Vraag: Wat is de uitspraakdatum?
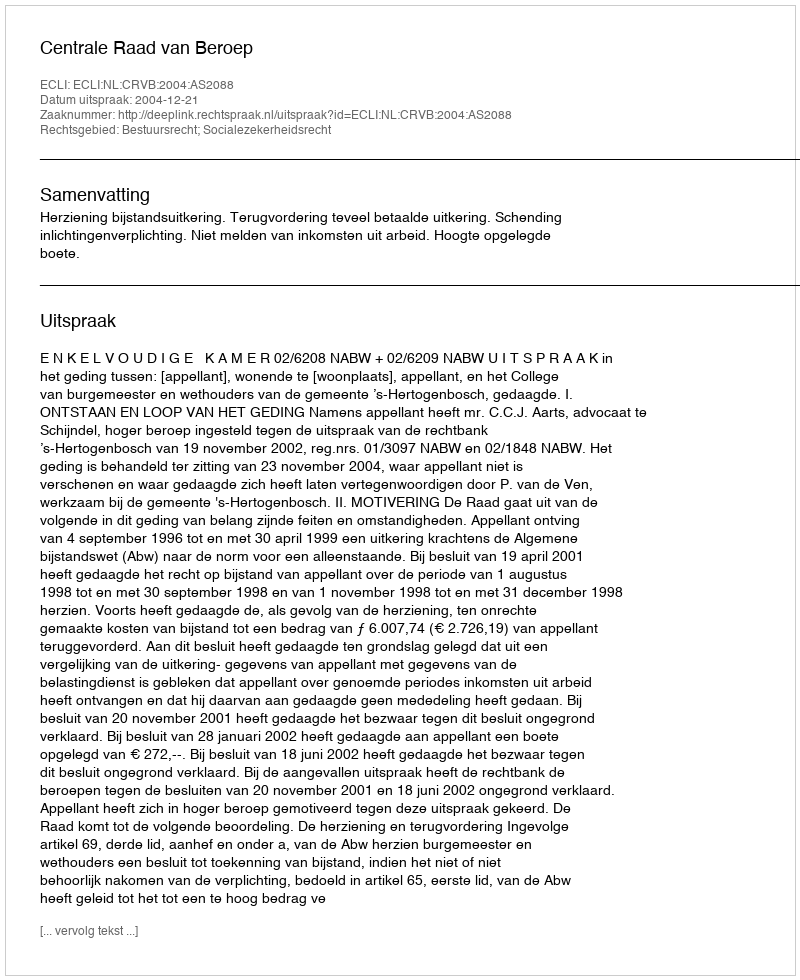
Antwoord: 2004-12-21